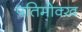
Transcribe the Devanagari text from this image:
पतिमोक्ख